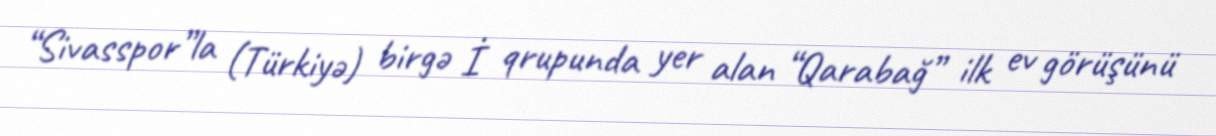
“Sivasspor”la (Türkiyə) birgə İ qrupunda yer alan “Qarabağ” ilk ev görüşünü